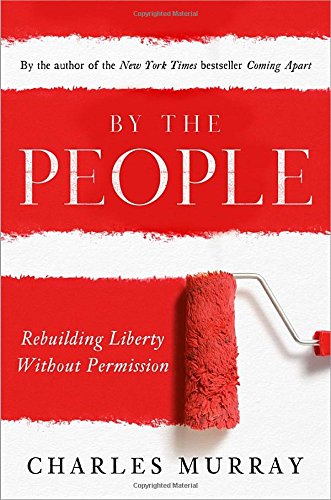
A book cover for By the People: Rebuilding Liberty Without Permission; Charles Murray; Politics & Social Sciences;